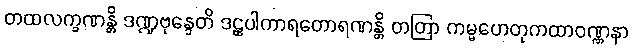
တထလက္ခဏန္တိ ဒဏ္ဍဗုန္ဒေတိ ဒဠှပါကာရတောရဏန္တိ တတြာ ကမ္မဟေတုကထာဝဏ္ဏနာ